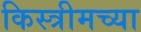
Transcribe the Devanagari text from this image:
किस्त्रीमच्या